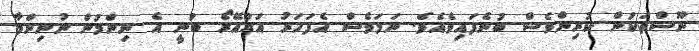
ނޫސްތަކުން ކުރިންވެސް ބުނެފައިވެއެވެ. ނަމަވެސް އެފަހަރު އަގުއޭރޯ ބުނީ އެ ނިންމުން ނުނިންމާ